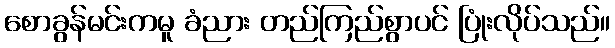
စောခွန်မင်းကမူ ခံညား တည်ကြည်စွာပင် ပြုံးလိုပ်သည်။